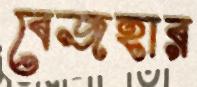
বেজহার